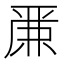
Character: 𠪕